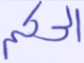
الحكم